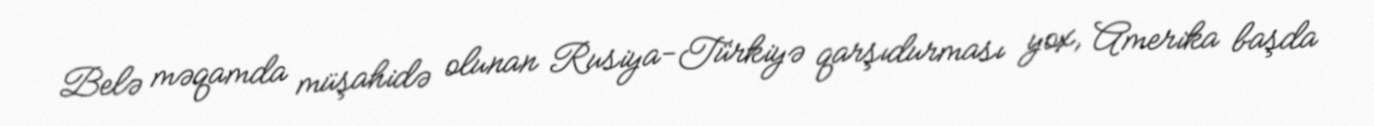
Belə məqamda müşahidə olunan Rusiya-Türkiyə qarşıdurması yox, Amerika başda